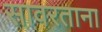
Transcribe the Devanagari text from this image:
सावरताना